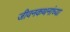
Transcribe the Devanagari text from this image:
जीवनकथनांच्या